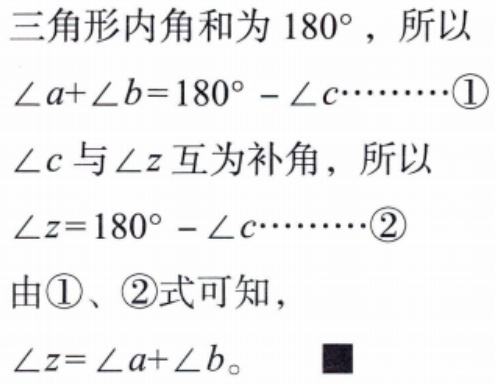
三角形内角和为 \(180^{\circ}\)，所以
\(\angle a + \angle b = 180^{\circ}-\angle c\cdots\cdots\textcircled{1}\)
\(\angle c\) 与 \(\angle z\) 互为补角，所以
\(\angle z = 180^{\circ}-\angle c\cdots\cdots\textcircled{2}\)
由 \(\textcircled{1}\)、\(\textcircled{2}\) 式可知，
\(\angle z=\angle a + \angle b\)。